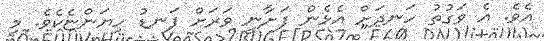
އެވެ. އެ ވަގުތު ހަނދަށް އެޅެން ފަށާނީ ވަރަށް ފަނޑު ހިޔަންޏެކެވެ. މި